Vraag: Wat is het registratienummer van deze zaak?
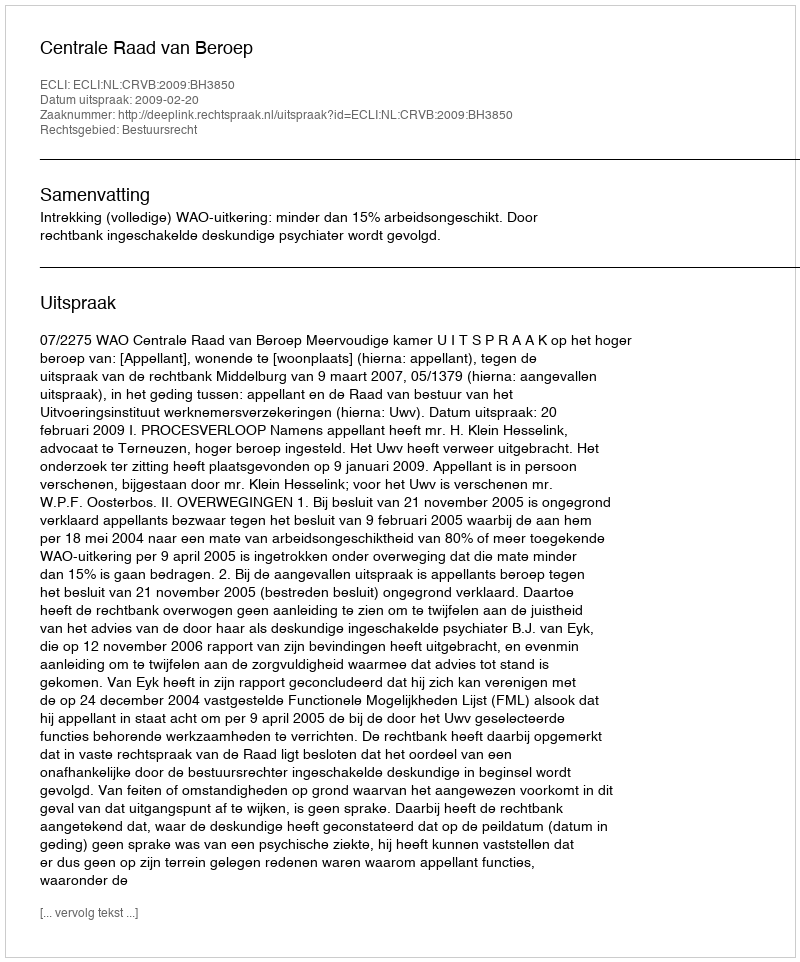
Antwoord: http://deeplink.rechtspraak.nl/uitspraak?id=ECLI:NL:CRVB:2009:BH3850